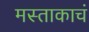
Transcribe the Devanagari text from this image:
मस्ताकाचं